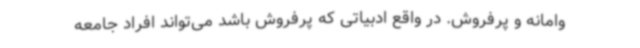
وامانه و پرفروش. در واقع ادبیاتی که پرفروش باشد می‌تواند افراد جامعه